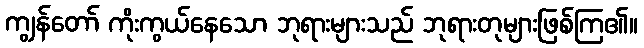
ကျွန်တော် ကိုးကွယ်နေသော ဘုရားများသည် ဘုရားတုများဖြစ်ကြ၏။